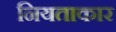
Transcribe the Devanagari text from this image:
नियताकार